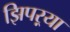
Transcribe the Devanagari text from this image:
झिपऱ्या